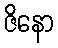
ဇိနော